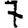
Digit: 7